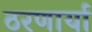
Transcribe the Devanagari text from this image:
ठरणार्या